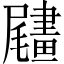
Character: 𦘧